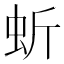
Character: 蚚